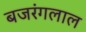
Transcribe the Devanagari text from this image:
बजरंगलाल